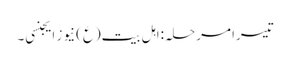
تیسرا مرحلہ:اہل بیت(ع) نیوز ایجنسی۔